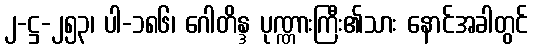
၂-ဋ္ဌ-၂၅၃၊ ပါ-၁၈၆၊ ဂေါတိန္ဒ ပုဏ္ဏားကြီး၏သား နောင်အခါတွင်